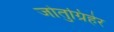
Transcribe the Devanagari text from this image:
जोतुग्रिहेर